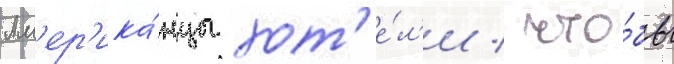
Ам'ер'ика́нцы хот'е́л'и / что́бы